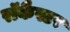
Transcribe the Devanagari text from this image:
रॉकैस्टर